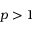
p > 1